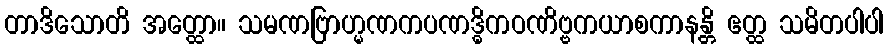
တာဒိသောတိ အတ္ထော။ သမဏဗြာဟ္မဏကပဏဒ္ဓိကဝဏိဗ္ဗကယာစကာနန္တိ ဧတ္ထ သမိတပါပါ